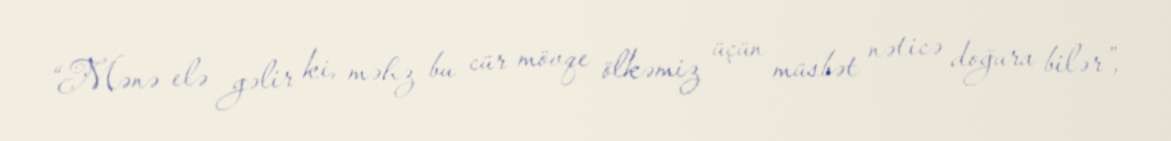
“Mənə elə gəlir ki, məhz bu cür mövqe ölkəmiz üçün müsbət nəticə doğura bilər”,